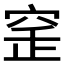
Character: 𥥲